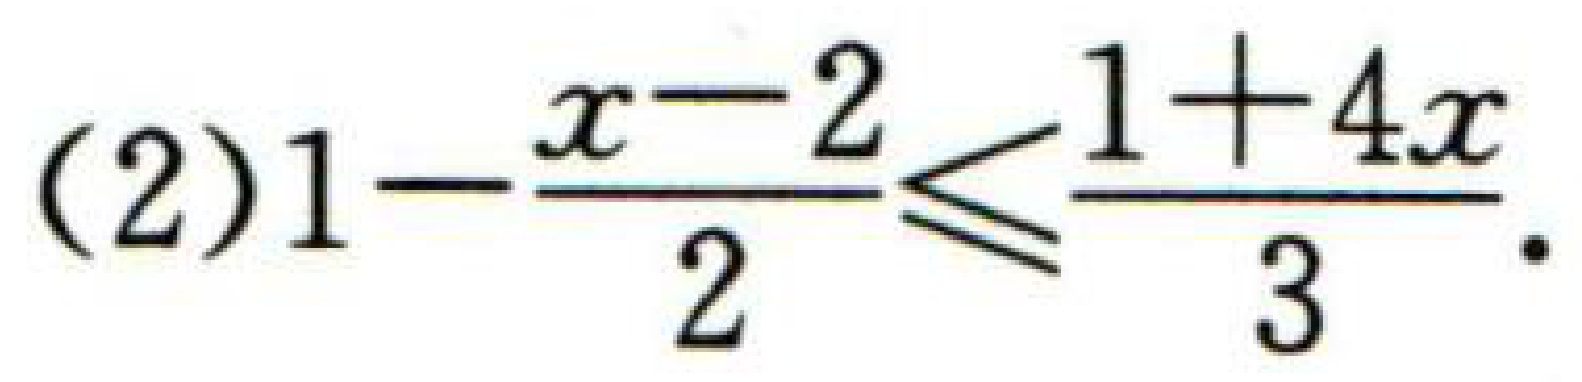
(2)\(1-\dfrac{x - 2}{2}\leqslant\dfrac{1 + 4x}{3}\).